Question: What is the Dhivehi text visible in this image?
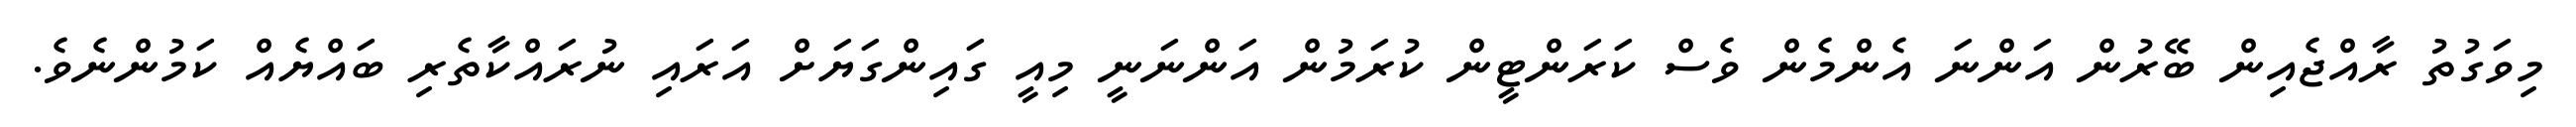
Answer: މިވަގުތު ރާއްޖެއިން ބޭރުން އަންނަ އެންމެން ވެސް ކަރަންޓީން ކުރަމުން އަންނަނީ މިއީ ގައިންގަޔަށް އަރައި ނުރައްކާތެރި ބައްޔެއް ކަމުންނެވެ.